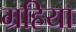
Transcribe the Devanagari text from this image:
ग्रहिया